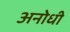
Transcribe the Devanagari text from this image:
अनोधी